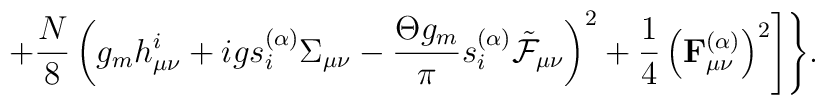
+\frac{N}{8}\left(g_mh_{\mu\nu}^i+igs_i^{(\alpha)}\Sigma_{\mu\nu}-\frac{\Theta g_m}{\pi} s_i^{(\alpha)}\tilde{\cal F}_{\mu\nu}\right)^2+\frac14\left({\bf F}_{\mu\nu}^{(\alpha)}\right)^2\Biggr]\Biggr\}.